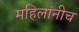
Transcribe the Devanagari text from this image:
महिलांनीच